Civil Veterinary Department Bihar reports 1940-50 - 1940-1950
Year: 1940
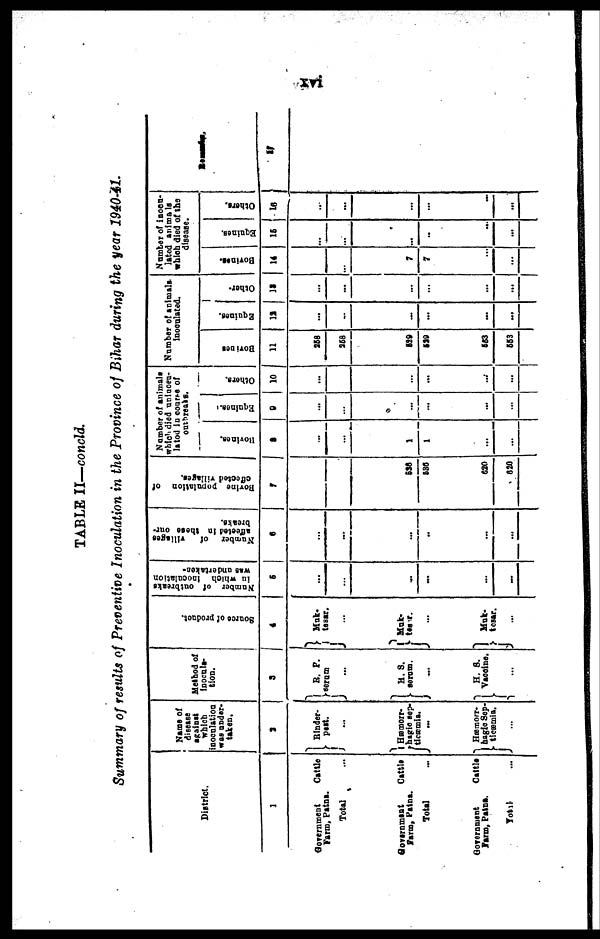
xvi
TABLE II—concld.
Summary of results of Preventive Inoculation in the Province of Bihar during the year 1940-41.
District.
1
Government
Cattle
Farm, Patna.
Total …
Government
Cattle
Farm, Patna.
Total …
Government
Cattle
Farm, Patna.
Total …
Name of
disease
against
which
inoculation
was under-
taken.
2
Rinder-
Pest.
Hæmorr-
hagic sep-
ticæmia.
…
Hæmorr-
hagic Sep-
tieæmia.
...
Method of
inocula-
tion.
3
R.
P.
serum
...
H. S.
serum.
…
H. S.
Vaccine.
…
Source of product.
4
Muk.
tesar.
…
Muk-
tesar.
…
Muk-
tesar.
...
Number of outbreaks
in which inoculation
was undertaken-
5
…
…
…
…
…
…
Number of
villages
affected in these out-
breaks.
6
…
…
...
…
…
...
Bovine
population of
effected villages.
7
536
536
620
620
Number of animals
which died uninocu-
lated in course of
outbreaks.
Bovines.
8
…
…
1
1
…
…
Equines.
9
...
…
...
…
...
...
Others.
10
...
…
…
…
…
...
Number of animals
inoculated.
Bovines
11
388
268
529
529
553
663
Equines.
12
...
…
…
…
...
...
Other-
13
…
…
…
…
…
...
Number of inocu-
lated animals
which died of the
disease.
Bovines.
14
7
7
…
…
Equines.
15
…
…
…
…
…
...
Others.
16
…
…
...
…
…
...
17